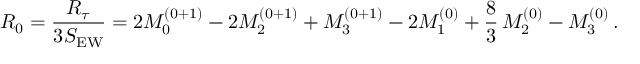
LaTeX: R _ { 0 } = { \frac { R _ { \tau } } { 3 S _ { \mathrm { E W } } } } = 2 { \cal M } _ { 0 } ^ { ( 0 + 1 ) } - 2 { \cal M } _ { 2 } ^ { ( 0 + 1 ) } + { \cal M } _ { 3 } ^ { ( 0 + 1 ) } - 2 { \cal M } _ { 1 } ^ { ( 0 ) } + { \frac { 8 } { 3 } } \, { \cal M } _ { 2 } ^ { ( 0 ) } - { \cal M } _ { 3 } ^ { ( 0 ) } \, .